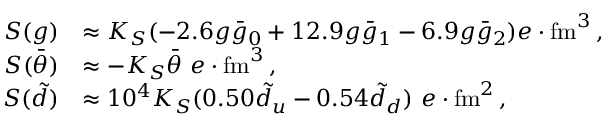
\begin{array} { r l } { S ( g ) } & { \approx K _ { S } ( - 2 . 6 g \bar { g } _ { 0 } + 1 2 . 9 g \bar { g } _ { 1 } - 6 . 9 g \bar { g } _ { 2 } ) e \cdot \mathrm { f m } ^ { 3 } \, , } \\ { S ( \bar { \theta } ) } & { \approx - K _ { S } \bar { \theta } \ e \cdot \mathrm { f m } ^ { 3 } \, , } \\ { S ( \tilde { d } ) } & { \approx 1 0 ^ { 4 } K _ { S } ( 0 . 5 0 \tilde { d } _ { u } - 0 . 5 4 \tilde { d } _ { d } ) \ e \cdot \mathrm { f m } ^ { 2 } \, , } \end{array}